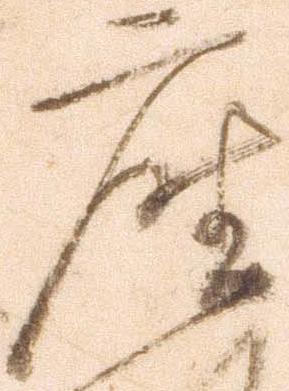
座